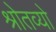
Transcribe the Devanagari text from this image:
श्रोतव्यो